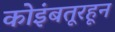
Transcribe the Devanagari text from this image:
कोइंबतूरहून